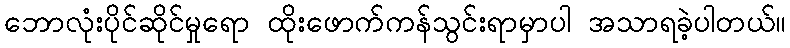
ဘောလုံးပိုင်ဆိုင်မှုရော ထိုးဖောက်ကန်သွင်းရာမှာပါ အသာရခဲ့ပါတယ်။